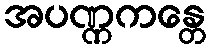
အပဏ္ဏကန္တေ